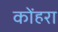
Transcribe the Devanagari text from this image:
कोंहरा